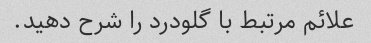
علائم مرتبط با گلودرد را شرح دهید.